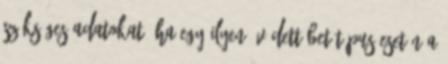
szükséges adatokat. Ha egy ilyen, védett betűtípus esetén a